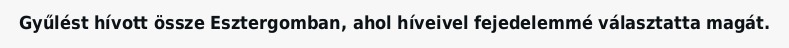
Gyűlést hívott össze Esztergomban, ahol híveivel fejedelemmé választatta magát.